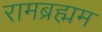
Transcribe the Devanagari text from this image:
रामब्रह्मम